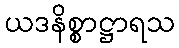
ယဒနိစ္စာဋ္ဌာရသ